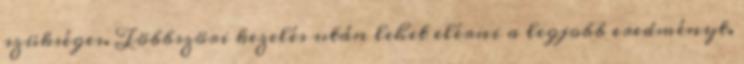
szükséges. Többszöri kezelés után lehet elérni a legjobb eredményt.